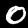
Label: 0